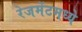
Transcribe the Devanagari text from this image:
रेजमेंटमध्ये